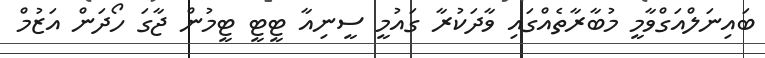
ބައިނަލްއަގްވާމީ މުބާރާތެއްގައި ވާދަކުރާ ގައުމީ ސީނިއާ ޓީޓީ ޓީމުން ޖާގަ ހޯދަން އަޒުމް